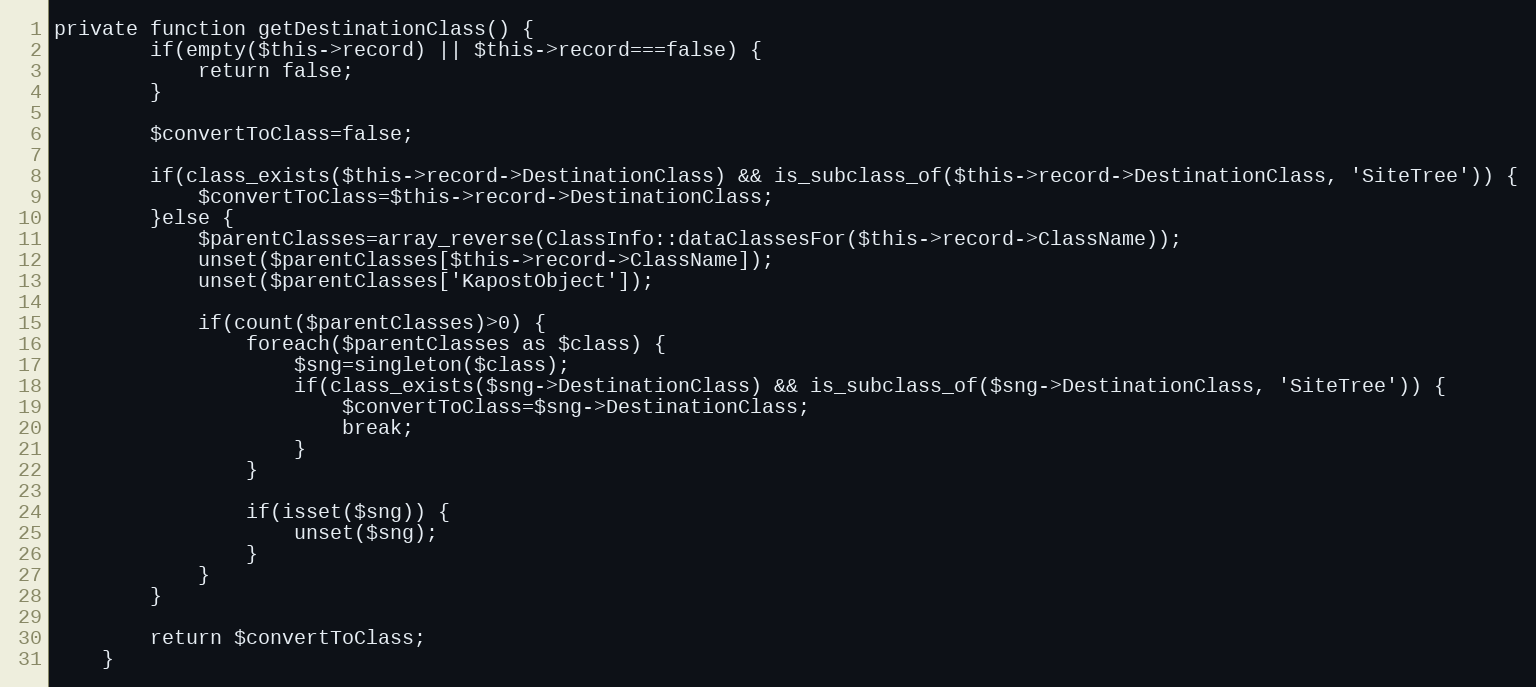
Language: PHP
private function getDestinationClass() {
        if(empty($this->record) || $this->record===false) {
            return false;
        }

        $convertToClass=false;

        if(class_exists($this->record->DestinationClass) && is_subclass_of($this->record->DestinationClass, 'SiteTree')) {
            $convertToClass=$this->record->DestinationClass;
        }else {
            $parentClasses=array_reverse(ClassInfo::dataClassesFor($this->record->ClassName));
            unset($parentClasses[$this->record->ClassName]);
            unset($parentClasses['KapostObject']);

            if(count($parentClasses)>0) {
                foreach($parentClasses as $class) {
                    $sng=singleton($class);
                    if(class_exists($sng->DestinationClass) && is_subclass_of($sng->DestinationClass, 'SiteTree')) {
                        $convertToClass=$sng->DestinationClass;
                        break;
                    }
                }

                if(isset($sng)) {
                    unset($sng);
                }
            }
        }

        return $convertToClass;
    }